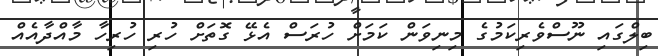
ބިލްގައި ނޫސްވެރިކަމުގެ މިނިވަން ކަމަށް ހުރަސް އެޅޭ ގޮތަށް ހުރި ހުރިހާ މާއްދާއެއް